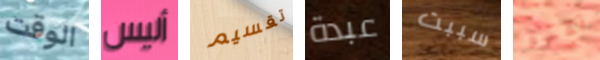
الوقت أليس تقسيم عبدة سببت تقسو